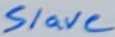
Text: Slave